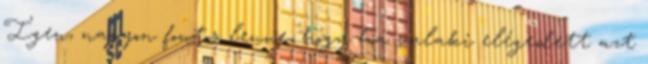
Igen, nagyon fontos lenne, hogy ha valaki elégedett azt